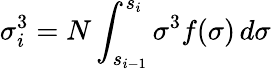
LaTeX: \sigma_{i}^{3}=N\int_{s_{i-1}}^{s_{i}}\sigma^{3}f(\sigma)\, d\sigma